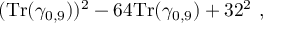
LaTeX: ( { \mathrm { T r } } ( \gamma _ { 0 , 9 } ) ) ^ { 2 } - 6 4 { \mathrm { T r } } ( \gamma _ { 0 , 9 } ) + 3 2 ^ { 2 } ~ ,